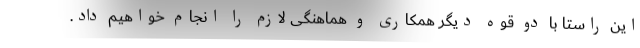
این راستا با دو قوه دیگر همکاری و هماهنگی لازم را انجام خواهیم داد.